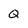
Character: Q